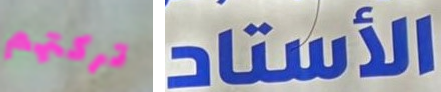
تركتهم الأستاد